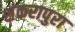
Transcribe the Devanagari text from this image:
शंकरापुरा